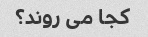
کجا می روند؟